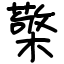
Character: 檠